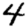
Digit: 4